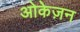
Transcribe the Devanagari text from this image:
ओकेज़न